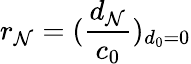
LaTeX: r_{\mathcal{N}}=(\frac{{d_{\mathcal{N}}}}{{c_{0}}})_{d_{0}=0}